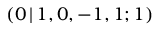
( 0 \, | \, 1 , 0 , - 1 , 1 ; 1 )